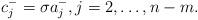
LaTeX: \begin{align*} c_j^- = \sigma a_j^-, j = 2, \dots, n-m.\end{align*}